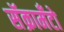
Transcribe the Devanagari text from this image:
सॅक्रामँटो